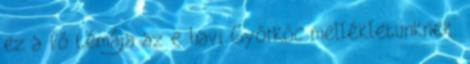
ez a fő témája az e havi Győrkőc mellékletünknek.